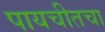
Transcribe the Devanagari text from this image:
पायचीतचा